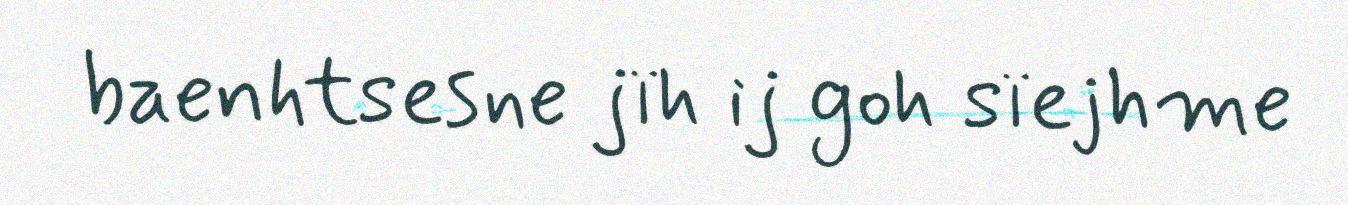
baenhtsesne jïh ij goh sïejhme